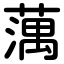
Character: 蕅